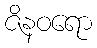
ဇိနဝရော